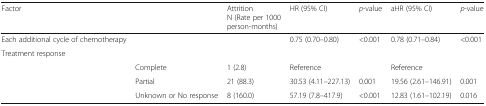
<table><thead><tr><td colspan="2"><b>Factor</b></td><td><b>AttritionN (Rate per 1000 person-months)</b></td><td><b>HR (95% CI)</b></td><td><b><i>p</i>-value</b></td><td><b>aHR (95% CI)</b></td><td><b><i>p</i>-value</b></td></tr></thead><tbody><tr><td>Each additional cycle of chemotherapy</td><td></td><td></td><td>0.75 (0.70–0.80)</td><td>&lt;0.001</td><td>0.78 (0.71–0.84)</td><td>&lt;0.001</td></tr><tr><td colspan="7">Treatment response</td></tr><tr><td rowspan="3"></td><td>Complete</td><td>1 (2.8)</td><td>Reference</td><td></td><td>Reference</td><td></td></tr><tr><td>Partial</td><td>21 (88.3)</td><td>30.53 (4.11–227.13)</td><td>0.001</td><td>19.56 (2.61–146.91)</td><td>0.001</td></tr><tr><td>Unknown or No response</td><td>8 (160.0)</td><td>57.19 (7.8–417.9)</td><td>&lt;0.001</td><td>12.83 (1.61–102.19)</td><td>0.016</td></tr></tbody></table>